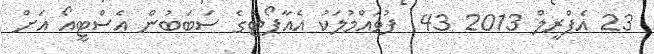
23 އެޕްރީލް 2013 43  ފުވައްމުލަކު އެއާޕޯޓްގެ ސަބަބުން އެސްޓީއޯ އަށް